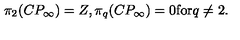
\pi _ { 2 } ( C P _ { \infty } ) = Z , \pi _ { q } ( C P _ { \infty } ) = 0 \mathrm { f o r } q \neq 2 .